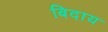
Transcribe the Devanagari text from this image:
बिदाय